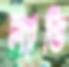
ল্যান্ডি